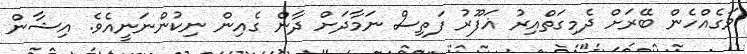
ވަގެއްހެން ބޭރަށް ދެމިގަތްއިރު ޣަފޫރު ފަތިސް ނަމާދަށް ދާން ގެއިން ނިކުންނަނީއެވެ. އިޝާން